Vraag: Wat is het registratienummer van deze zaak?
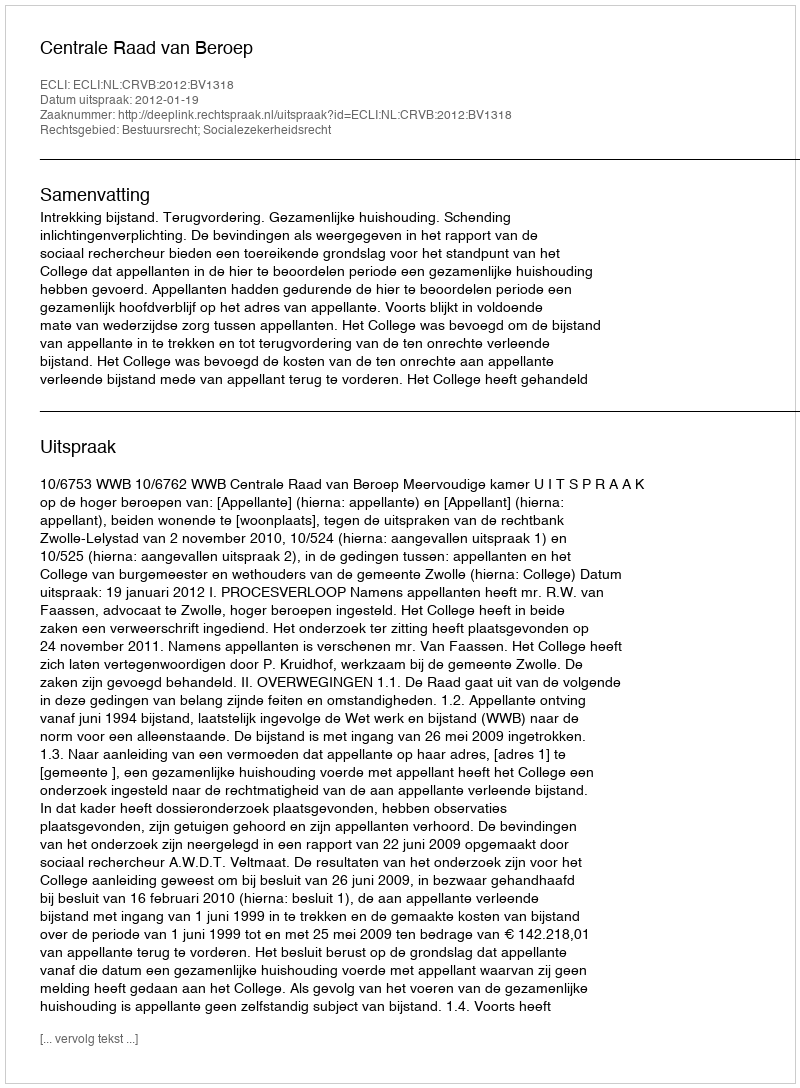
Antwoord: http://deeplink.rechtspraak.nl/uitspraak?id=ECLI:NL:CRVB:2012:BV1318